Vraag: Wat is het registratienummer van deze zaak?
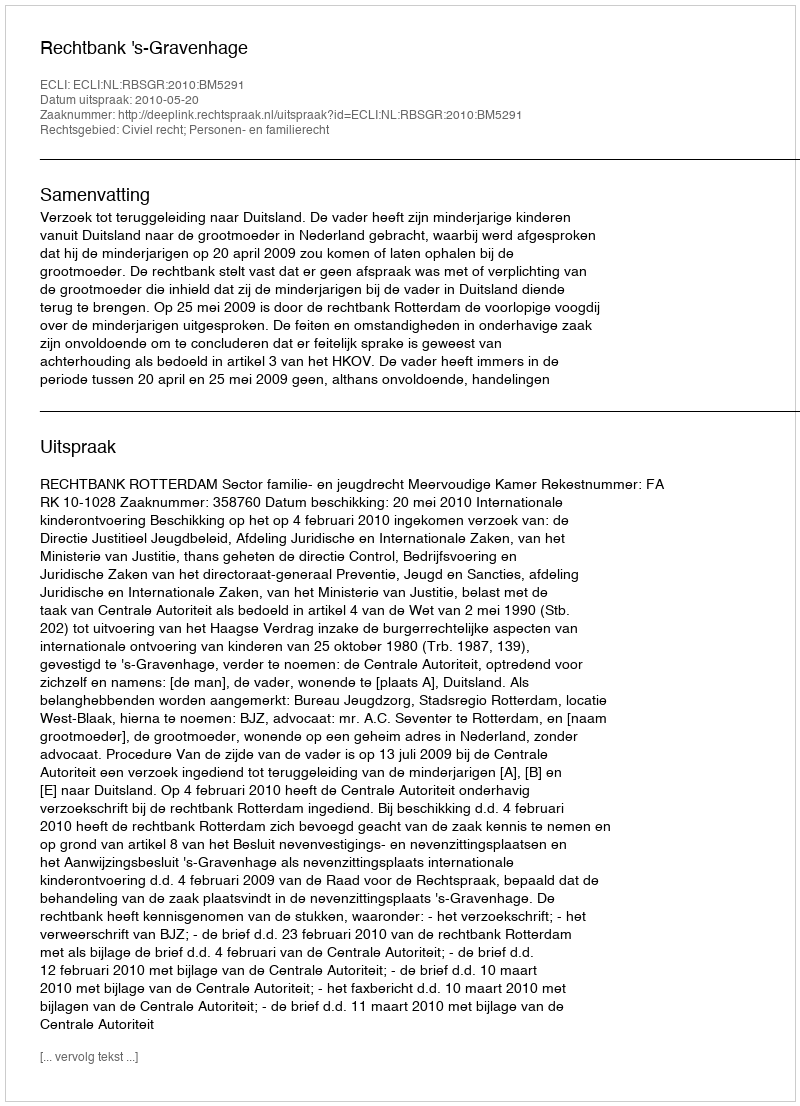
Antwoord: http://deeplink.rechtspraak.nl/uitspraak?id=ECLI:NL:RBSGR:2010:BM5291